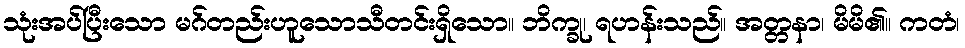
သုံးအပ်ပြီးသော မဂ်တည်းဟူသောသီတင်းရှိသော။ ဘိက္ခု၊ ရဟန်းသည်။ အတ္တနာ၊ မိမိ၏။ ကတံ၊